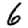
Digit: 6